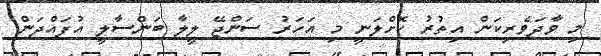
މި ވާދަވެރިކަން އިތުރު ކޮށްލަނީ މި އަހަރު ސަންޖޭ ލީލާ ބަންސާލީ އުފައްދަން